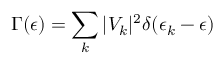
\Gamma ( \epsilon ) = \sum _ { k } | V _ { k } | ^ { 2 } \delta ( \epsilon _ { k } - \epsilon )